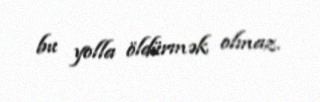
bu yolla öldürmək olmaz.